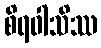
စိရဝါသိဿ